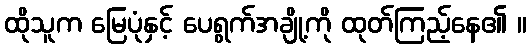
ထိုသူက မြေပုံနှင့် ပေရွက်အချို့ကို ထုတ်ကြည့်နေ၏ ။